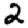
Digit: 2